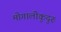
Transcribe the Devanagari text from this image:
मोगालीकुदुरु